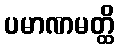
ပမာဏမတ္ထိ